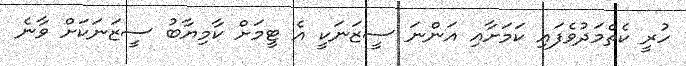
ހުރީ ކެތްމަދުވެފައި ކަމަށާއި އަންނަ ސީޒަނަކީ އެ ޓީމަށް ކާމިޔާބު ސީޒަނަކަށް ވާނެ